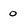
Character: 0